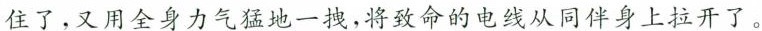
住了，又用全身力气猛地一拽，将致命的电线从同伴身上拉开了。